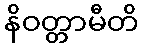
နိဝတ္တာမီတိ